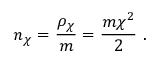
{ n _ { \chi } } = { \frac { \rho _ { \chi } } { m } } = { \frac { m \chi ^ { 2 } } { 2 } } \ .